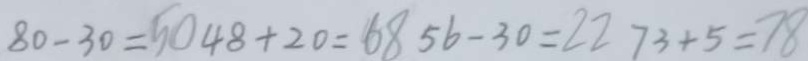
8 0 - 3 0 = 5 0 4 8 + 2 0 = 6 8 5 6 - 3 0 = 2 2 7 3 + 5 = 7 8